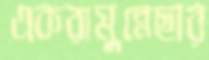
একরামুন্নেছার